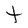
Character: t